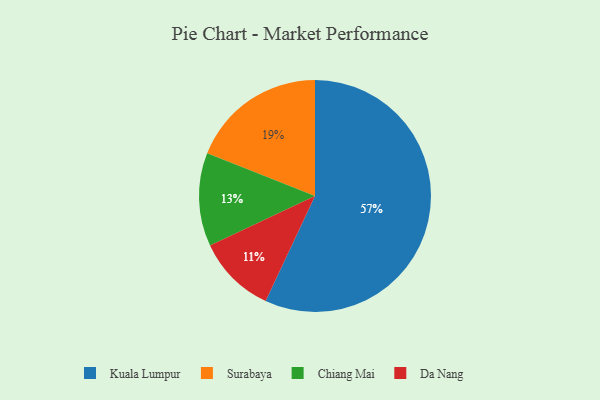
{"axis": {"x": "Category", "y": "Percentage"}, "legend": ["Chiang Mai", "Da Nang", "Kuala Lumpur", "Surabaya"], "data": [{"x": "Da Nang", "y": 11, "type": "Da Nang"}, {"x": "Surabaya", "y": 19, "type": "Surabaya"}, {"x": "Kuala Lumpur", "y": 57, "type": "Kuala Lumpur"}, {"x": "Chiang Mai", "y": 13, "type": "Chiang Mai"}]}